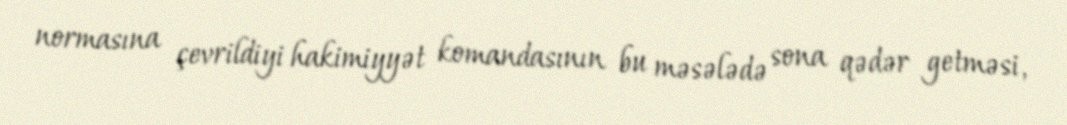
normasına çevrildiyi hakimiyyət komandasının bu məsələdə sona qədər getməsi,